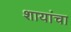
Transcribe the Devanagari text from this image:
शायांचा